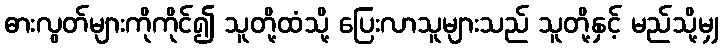
ဓားလွတ်များကိုကိုင်၍ သူတို့ထံသို့ ပြေးလာသူများသည် သူတို့နှင့် မည်သို့မျှ